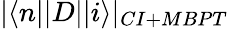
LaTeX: |\langle n||D||i\rangle|_{CI+MBPT}